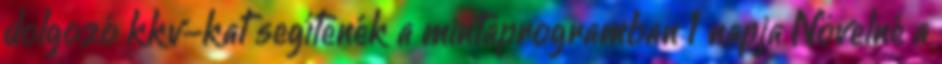
dolgozó kkv-kat segítenék a mintaprogramban 1 napja Növelné a